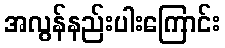
အလွန်နည်းပါးကြောင်း